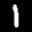
Label: 1